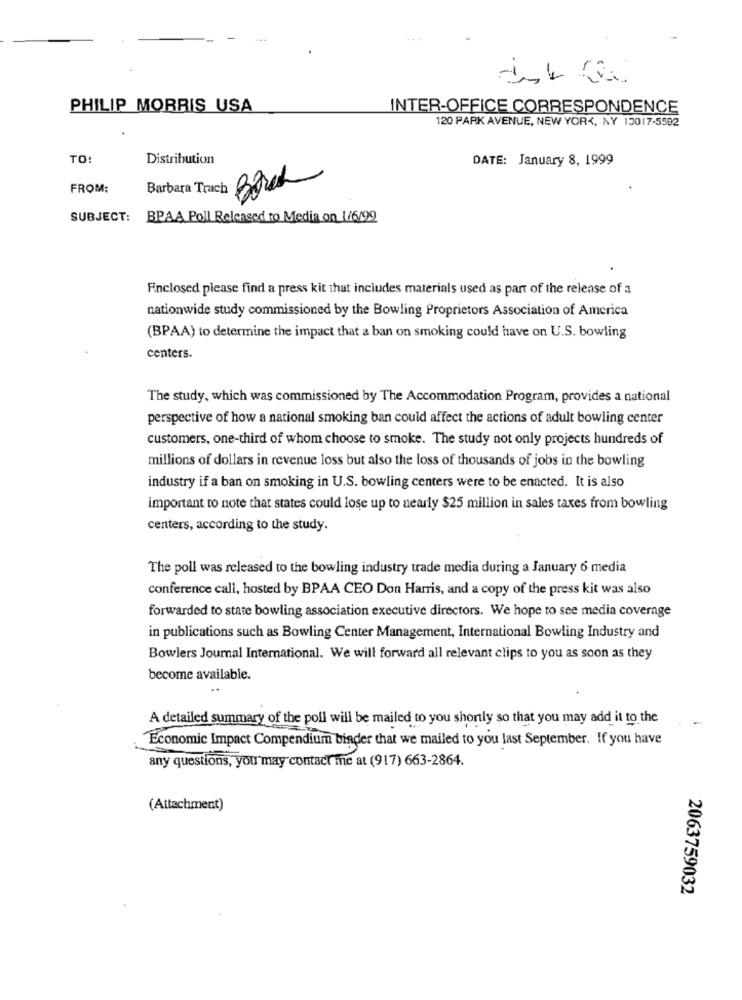
PHILIP MORRIS USA
INTER-OFFICE CORRESPONDENCE
120 PARK AVENUE, NEW YORK, NY 13017-5582
TO
Distribution
DATE: January 8, 1999
Bank
FROM:
Barbara Trach
SUBJECT: BPAA Poll Released to Media on 1/6/99
Finclosed please find a press kit that includes materials used as part of the release of a
nationwide study commissioned by the Bowling Proprietors Association of America
(BPAA) to determine the impact that a ban on smoking could have on U.S. bowling
centers.
The study, which was commissioned by The Accommodation Program, provides a national
perspective of how a national smoking ban could affect the actions of adult bowling center
customers, one-third of whom choose to smoke. The study not only projects hundreds of
millions of dollars in revenue loss but also the loss of thousands of jobs in the bowling
industry if a ban on smoking in U.S. bowling centers were to be enacted. It is also
important to note that states could lose up to nearly $25 million in sales taxes from bowling
centers, according to the study.
The poll was released to the bowling industry trade media during a January 6 media
conference call, hosted by BPAA CEO Don Harris, and a copy of the press kit was also
forwarded to state bowling association executive directors. We hope to see media coverage
in publications such as Bowling Center Management, International Bowling Industry and
Bowlers Journal International. We will forward all relevant clips to you as soon as they
become available.
..
A detailed summary of the poll will be mailed to you shortly so that you may add it to the
-
Economic Impact Compendium binder that we mailed to you last September. If you have
any questions, you may contact me at (917) 663-2864.
(Attachment)
2063759032